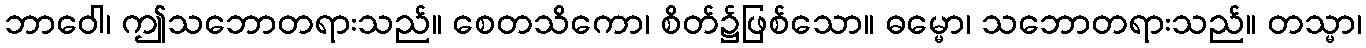
ဘာဝေါ၊ ဤသဘောတရားသည်။ စေတသိကော၊ စိတ်၌ဖြစ်သော။ ဓမ္မော၊ သဘောတရားသည်။ တသ္မာ၊